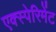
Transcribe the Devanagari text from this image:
एक्स्पेरिमेंट